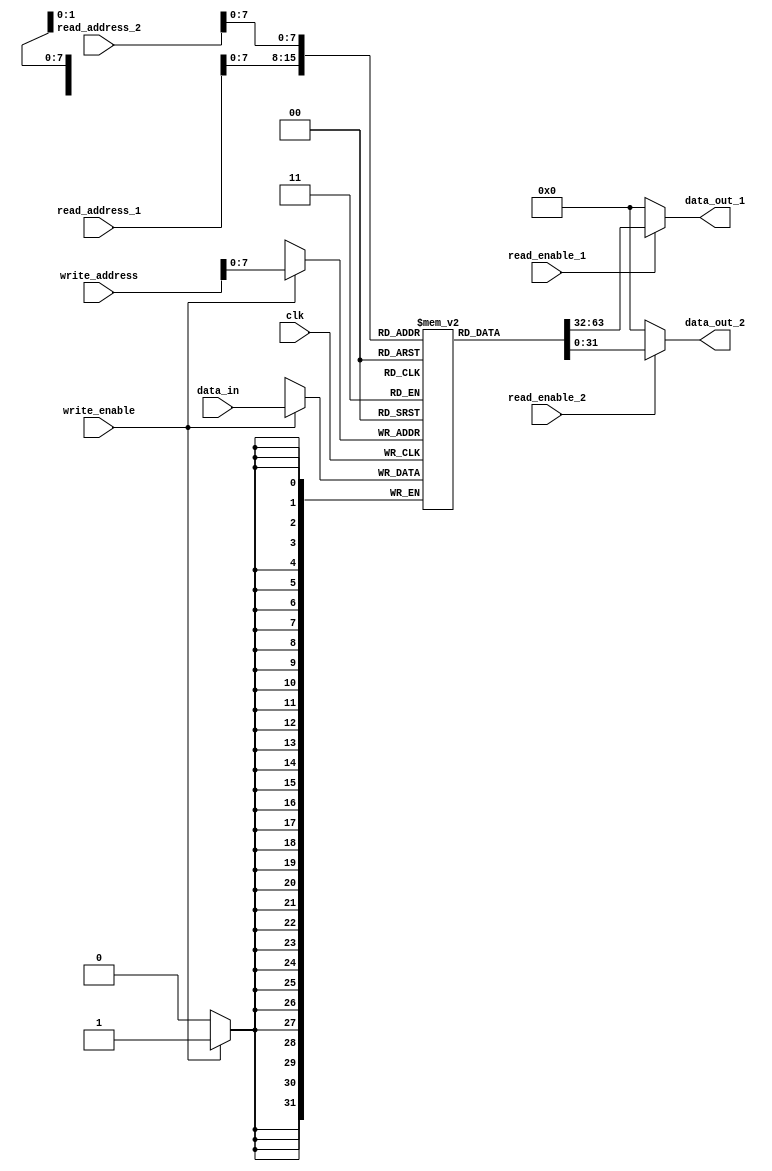
module multi_port_register_file(
    input wire clk,
    input wire [31:0] read_address_1,
    input wire [31:0] read_address_2,
    input wire [31:0] write_address,
    input wire [31:0] data_in,
    output reg [31:0] data_out_1,
    output reg [31:0] data_out_2,
    input wire read_enable_1,
    input wire read_enable_2,
    input wire write_enable
);

reg [31:0] memory [0:255];

always @(posedge clk) begin
    if(write_enable) begin
        memory[write_address] <= data_in;
    end
end

assign data_out_1 = (read_enable_1) ? memory[read_address_1] : 32'b0;
assign data_out_2 = (read_enable_2) ? memory[read_address_2] : 32'b0;

endmodule